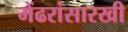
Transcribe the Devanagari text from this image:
मेंढरांसारखी